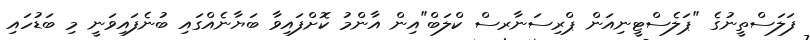
ފަލަސްތީނުގެ "ޕަލެސްޓީނިއަން ޕްރިސަނާރސް ކްލަބް"އިން އާންމު ކޮށްފައިވާ ބަޔާނެއްގައި ބުނެފައިވަނީ މި ބަޑުހައި